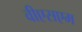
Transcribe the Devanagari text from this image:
वीएसएम